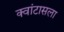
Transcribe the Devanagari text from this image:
क्वांटासला